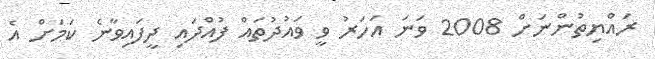
ރައްޔިތުންނަށް 2008 ވަނަ އަހަރު ވީ ވައުދުތައް ފުއްދައި ދީފައިވާނެ ކަމަށް އެ